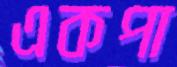
একপা